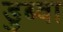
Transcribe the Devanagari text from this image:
डुब्वा